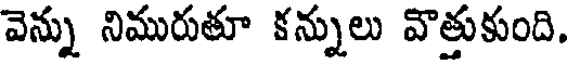
వెన్ను నిమురుతూ కన్నులు వొత్తుకుంది.